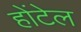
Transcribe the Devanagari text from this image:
होंटेल